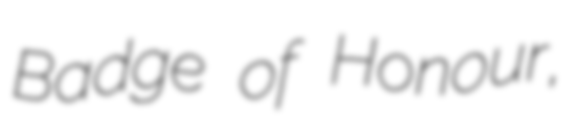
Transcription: Badge of Honour,